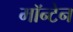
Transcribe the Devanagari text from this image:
मॉन्टेन